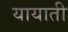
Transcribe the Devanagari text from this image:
यायाती